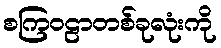
စကြဝဠာတစ်ခုလုံးကို